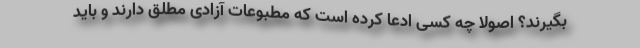
بگیرند؟ اصولا چه کسی ادعا کرده است که مطبوعات آزادی مطلق دارند و باید